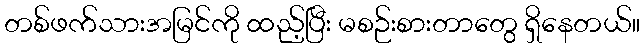
တစ်ဖက်သားအမြင်ကို ထည့်ပြီး မစဉ်းစားတာတွေ ရှိနေတယ်။